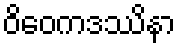
ဝိဝေကဒဿိနာ